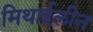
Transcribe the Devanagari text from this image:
मिथाईलीन